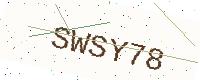
Text: SWSY78